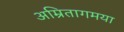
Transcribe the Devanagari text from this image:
अम्रितागमया